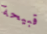
قبيحة